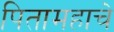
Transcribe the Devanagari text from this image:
पितामहाचे